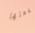
لفعلها